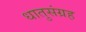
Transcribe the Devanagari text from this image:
धातुसंग्रह